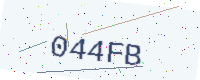
Text: 044FB